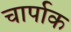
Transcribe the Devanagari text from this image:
चार्पाक